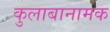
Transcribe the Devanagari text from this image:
कुलाबानामक